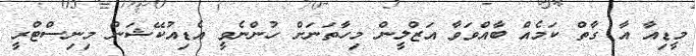
މީޑިއާ އާ ގާތް ކަމެއް ބާއްވަވާ އަޒްލީން މިހާތަނަށް ހުންނެވީ އެޑިއުކޭޝަން މިނިސްޓްރީ